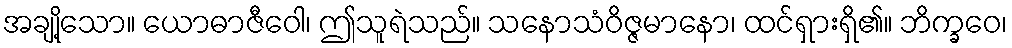
အချို့သော။ ယောဓာဇီဝေါ၊ ဤသူရဲသည်။ သနောသံဝိဇ္ဇမာနော၊ ထင်ရှားရှိ၏။ ဘိက္ခဝေ၊